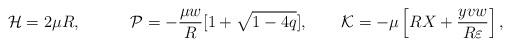
LaTeX: \begin{align*}{\cal H}=2\mu R,\qquad\quad{\cal P}=-\frac{\mu w}{R}[1+\sqrt{1-4q}],\qquad{\cal K}=-\mu\left[RX+\frac{yvw}{R\varepsilon}\right],\end{align*}